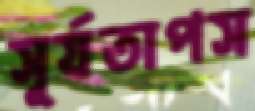
সূর্যতাপস